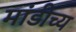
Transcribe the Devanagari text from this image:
मांडीच्य